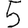
Digit: 5